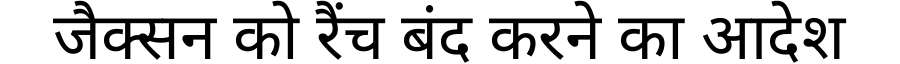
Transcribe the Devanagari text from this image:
जैक्सन को रैंच बंद करने का आदेश